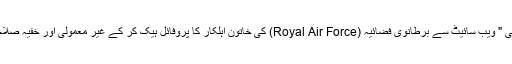
اطلاعات کے مطابق برطانیہ میں ایک جاسوس نے " رشتہ کرانے والی " ویب سائیٹ سے برطانوی فضائیہ (Royal Air Force) کی خاتون اہلکار کا پروفائل ہیک کر کے غیر معمولی اور خفیہ صلاحیتوں کے حامل جیٹ طیارے F-35 سے متعلق حساس راز نکلوالیے۔